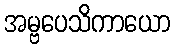
အမ္ဗပေသိကာယော